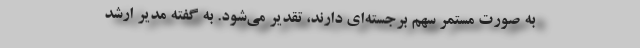
به صورت مستمر سهم برجسته‌ای دارند، تقدیر می‌شود. به گفته مدیر ارشد